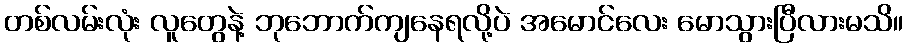
တစ်လမ်းလုံး လူတွေနဲ့ ဘုဘောက်ကျနေရလို့ပဲ အမောင်လေး မောသွားပြီလားမသိ။